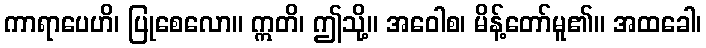
ကာရာပေဟိ၊ ပြုစေလော။ ဣတိ၊ ဤသို့။ အဝေါစ၊ မိန့်တော်မူ၏။ အထခေါ၊